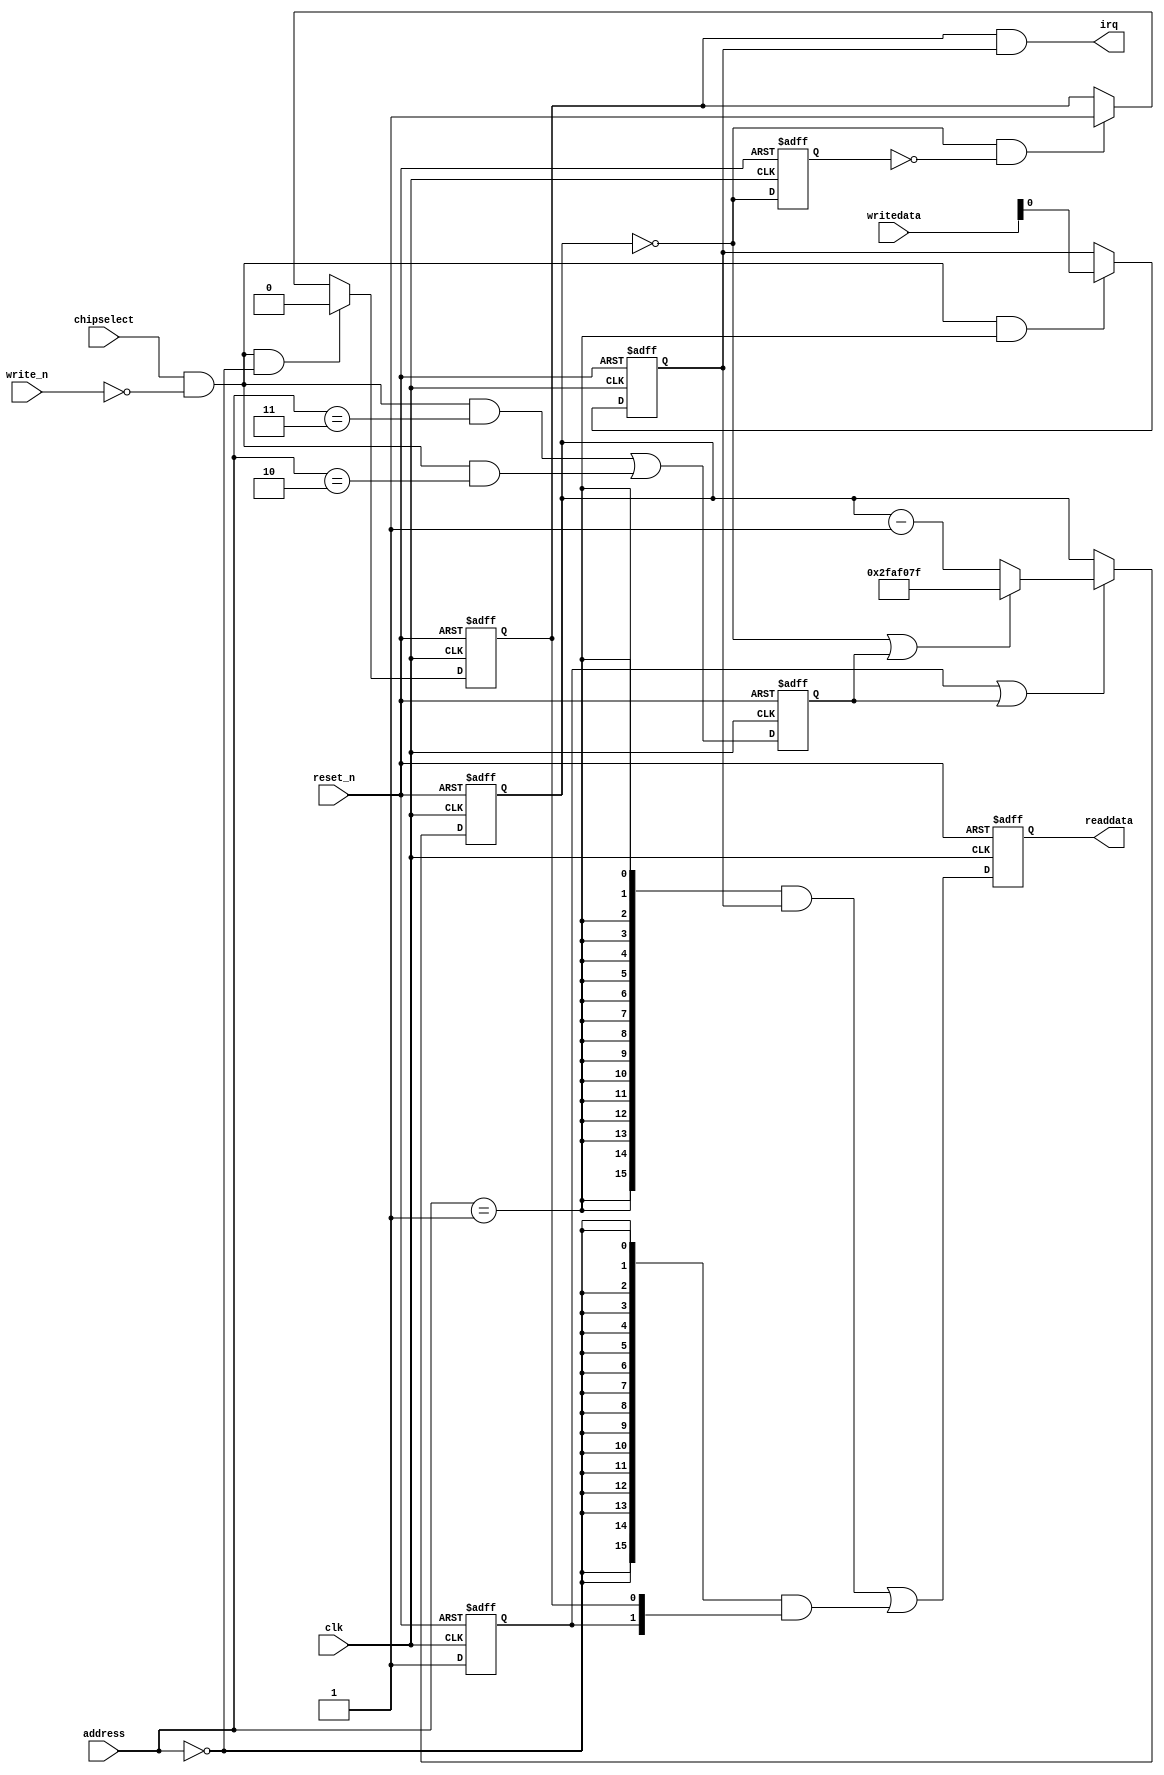
//Legal Notice: (C)2023 Altera Corporation. All rights reserved.  Your
//use of Altera Corporation's design tools, logic functions and other
//software and tools, and its AMPP partner logic functions, and any
//output files any of the foregoing (including device programming or
//simulation files), and any associated documentation or information are
//expressly subject to the terms and conditions of the Altera Program
//License Subscription Agreement or other applicable license agreement,
//including, without limitation, that your use is for the sole purpose
//of programming logic devices manufactured by Altera and sold by Altera
//or its authorized distributors.  Please refer to the applicable
//agreement for further details.

// synthesis translate_off
`timescale 1ns / 1ps
// synthesis translate_on

// turn off superfluous verilog processor warnings 
// altera message_level Level1 
// altera message_off 10034 10035 10036 10037 10230 10240 10030 

module platform_timer_0 (
                          // inputs:
                           address,
                           chipselect,
                           clk,
                           reset_n,
                           write_n,
                           writedata,

                          // outputs:
                           irq,
                           readdata
                        )
;

  output           irq;
  output  [ 15: 0] readdata;
  input   [  2: 0] address;
  input            chipselect;
  input            clk;
  input            reset_n;
  input            write_n;
  input   [ 15: 0] writedata;


wire             clk_en;
wire             control_interrupt_enable;
reg              control_register;
wire             control_wr_strobe;
reg              counter_is_running;
wire             counter_is_zero;
wire    [ 25: 0] counter_load_value;
reg              delayed_unxcounter_is_zeroxx0;
wire             do_start_counter;
wire             do_stop_counter;
reg              force_reload;
reg     [ 25: 0] internal_counter;
wire             irq;
wire             period_h_wr_strobe;
wire             period_l_wr_strobe;
wire    [ 15: 0] read_mux_out;
reg     [ 15: 0] readdata;
wire             status_wr_strobe;
wire             timeout_event;
reg              timeout_occurred;
  assign clk_en = 1;
  always @(posedge clk or negedge reset_n)
    begin
      if (reset_n == 0)
          internal_counter <= 26'h2FAF07F;
      else if (counter_is_running || force_reload)
          if (counter_is_zero    || force_reload)
              internal_counter <= counter_load_value;
          else 
            internal_counter <= internal_counter - 1;
    end


  assign counter_is_zero = internal_counter == 0;
  assign counter_load_value = 26'h2FAF07F;
  always @(posedge clk or negedge reset_n)
    begin
      if (reset_n == 0)
          force_reload <= 0;
      else if (clk_en)
          force_reload <= period_h_wr_strobe || period_l_wr_strobe;
    end


  assign do_start_counter = 1;
  assign do_stop_counter = 0;
  always @(posedge clk or negedge reset_n)
    begin
      if (reset_n == 0)
          counter_is_running <= 1'b0;
      else if (clk_en)
          if (do_start_counter)
              counter_is_running <= -1;
          else if (do_stop_counter)
              counter_is_running <= 0;
    end


  //delayed_unxcounter_is_zeroxx0, which is an e_register
  always @(posedge clk or negedge reset_n)
    begin
      if (reset_n == 0)
          delayed_unxcounter_is_zeroxx0 <= 0;
      else if (clk_en)
          delayed_unxcounter_is_zeroxx0 <= counter_is_zero;
    end


  assign timeout_event = (counter_is_zero) & ~(delayed_unxcounter_is_zeroxx0);
  always @(posedge clk or negedge reset_n)
    begin
      if (reset_n == 0)
          timeout_occurred <= 0;
      else if (clk_en)
          if (status_wr_strobe)
              timeout_occurred <= 0;
          else if (timeout_event)
              timeout_occurred <= -1;
    end


  assign irq = timeout_occurred && control_interrupt_enable;
  //s1, which is an e_avalon_slave
  assign read_mux_out = ({16 {(address == 1)}} & control_register) |
    ({16 {(address == 0)}} & {counter_is_running,
    timeout_occurred});

  always @(posedge clk or negedge reset_n)
    begin
      if (reset_n == 0)
          readdata <= 0;
      else if (clk_en)
          readdata <= read_mux_out;
    end


  assign period_l_wr_strobe = chipselect && ~write_n && (address == 2);
  assign period_h_wr_strobe = chipselect && ~write_n && (address == 3);
  assign control_wr_strobe = chipselect && ~write_n && (address == 1);
  always @(posedge clk or negedge reset_n)
    begin
      if (reset_n == 0)
          control_register <= 0;
      else if (control_wr_strobe)
          control_register <= writedata[0];
    end


  assign control_interrupt_enable = control_register;
  assign status_wr_strobe = chipselect && ~write_n && (address == 0);

endmodule